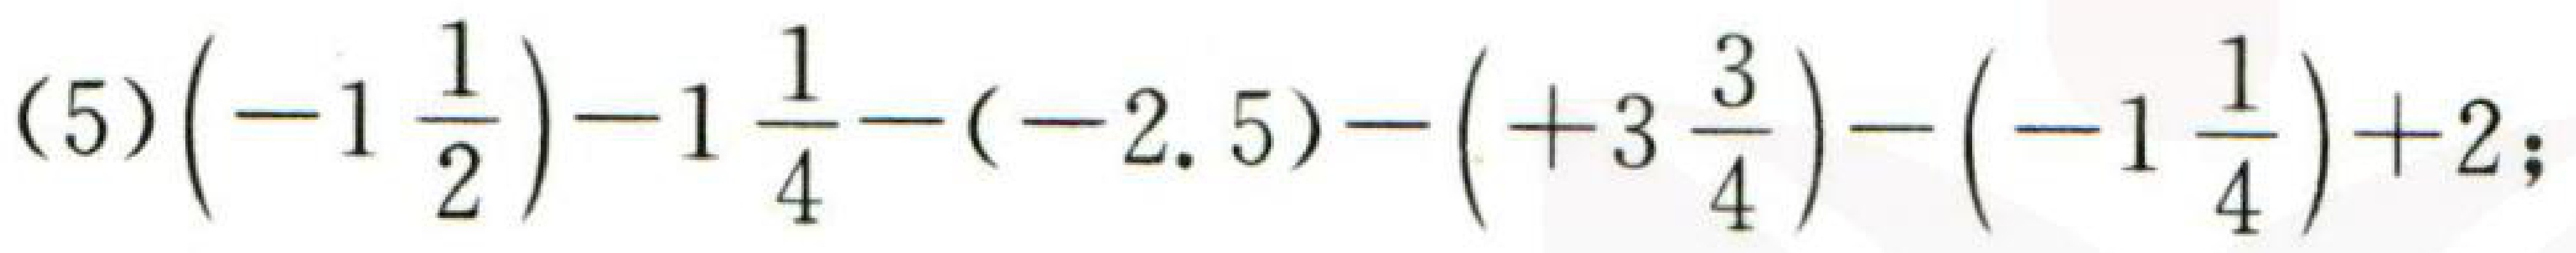
\((5)\left(-1\frac{1}{2}\right)-1\frac{1}{4}-(-2.5)-\left(+3\frac{3}{4}\right)-\left(-1\frac{1}{4}\right)+2;\)